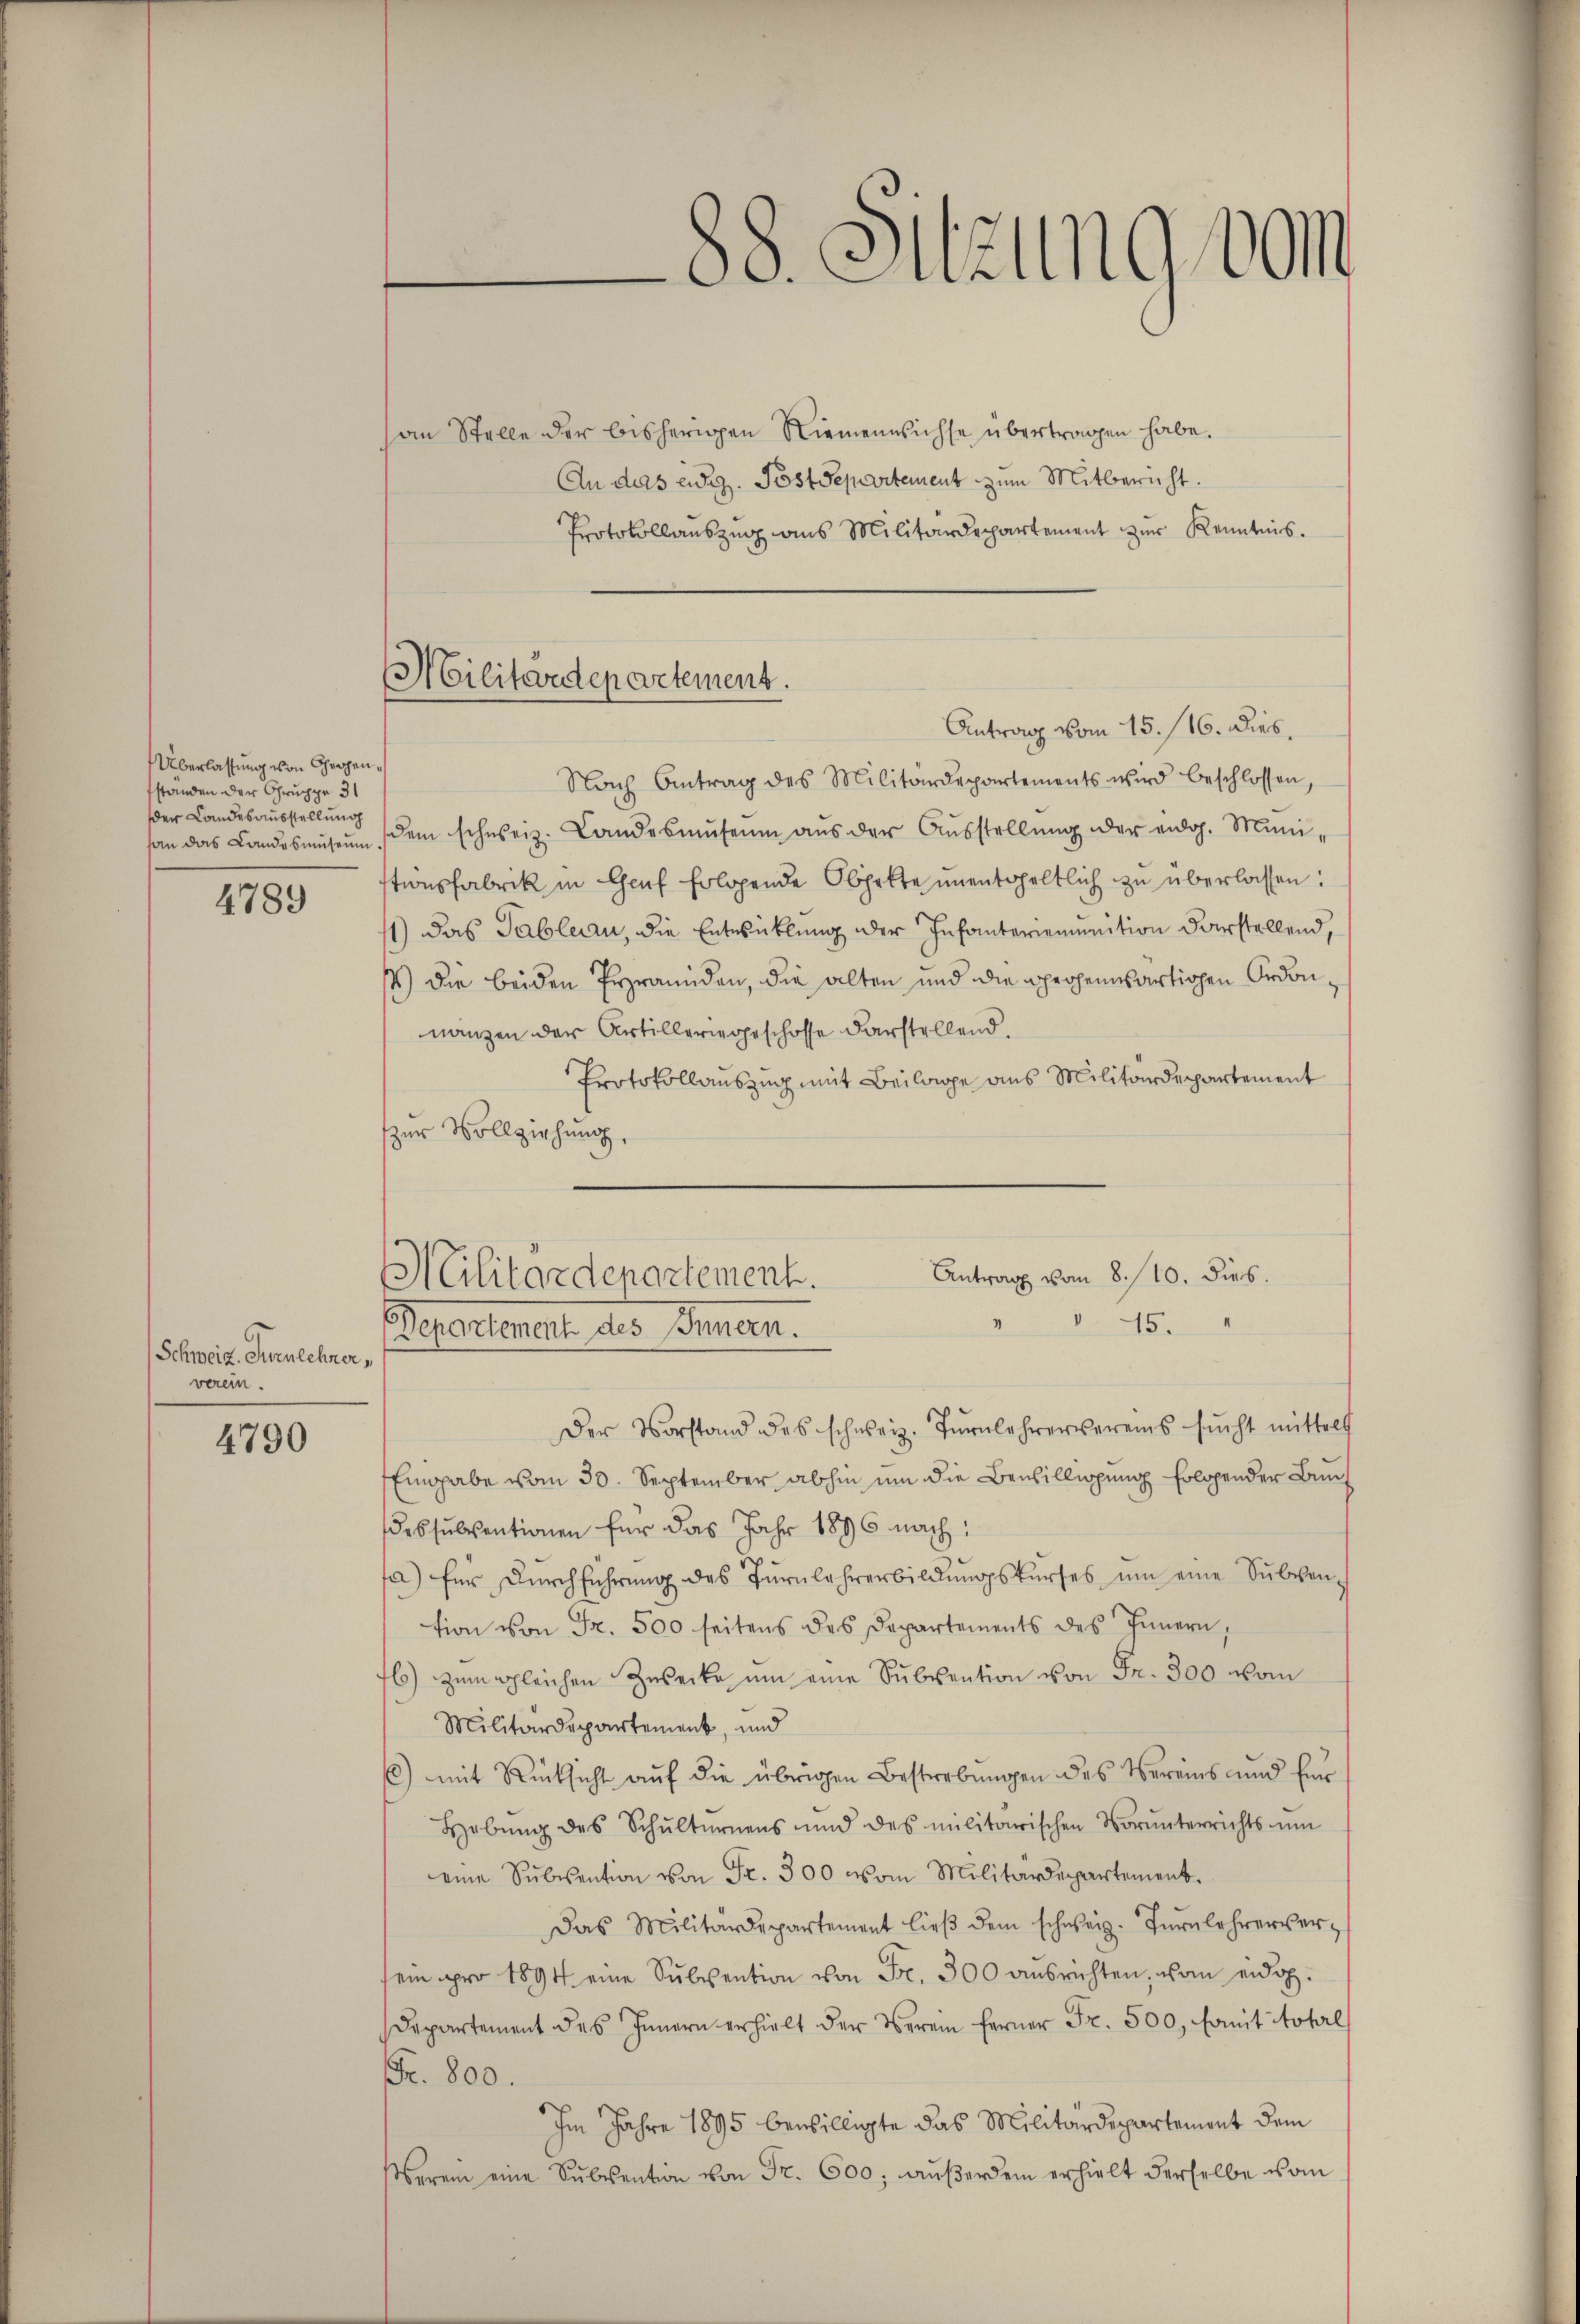
Überlassung von Chropenständen der Gruppe 31
der Landesausstellung

4789

Schweiz. Turnlehrer,
verein.

4790

Militärdepartement.

88. Sitzung vom

Antrag vom 8./10. dies.
Militärdepartement.
15.
Segendenen des Innern.

an Stelle der bisherigen Niemenwichse übertragen habe.
An das eidg. Postdepartement zum Mitbericht.
Protokollauszug aus Militärdepartement zur Kenntnis.
Antrag vom 15. 116. Dieb.
Nach Antrag des Militärdepartements wird beschlossen,
san das Landesmŭseŭn dem schweiz. Landesmŭseum aus der Aŭsstellŭng der eidg. Munistionsfabrik in Genf folgende Objekte unentgeltlich zu überlassen:
11) das Tableau, die Entwicklung der Infanteriemunition darstellend,
s) Die beiden Pyramiden, die alten und die prosenwärtigen Ordonnanzen der Artilleriegeschosse darstellend.
Protokollauszug mit Beilage aus Militärdepartement
zur Vollziehung,
Der Vorstand des schweiz. Tŭrnlehrervereins sucht mittelt
Eingabe vom 30. September abhin um die Bewilligung folgender Bundessubventionen für das Jahr 1896 nach:
s
fa) für Dŭrchführŭng des Turnlehrerbildŭngskŭrses ŭm eine Subven-
tion von Fr. 500 seitens des Departements des Innern,
b) zum gleichen Zwecke ŭm eine Subvention von Fr. 300 vom
Militärdepartement, und
6) mit Rücksicht auf die übrigen Bestrebungen des Vereins und für
Hebŭng des Schŭltürnens und des militarischen Vorŭnterrichts ŭm
eine Subvention von Fr. 300 vom Militärdepartement.
Das Militärdepartement lieβ dem schweiz. Tŭrnlehrerverein pro 1894 eine Subvention von Fr. 300 ausrichten, vom eidg.
Departement des Innern erhielt der Verein ferner Fr. 500, Committohrl
Fr. 800.
Im Jahre 1895 bewilligte das Militärdepartement dem
erein eine Sŭbsention von Fr. 600, aŭβerdem erhielt derselbe vom